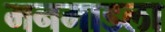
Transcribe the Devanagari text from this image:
मनमाडला